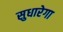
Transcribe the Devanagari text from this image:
सुधारेगा